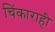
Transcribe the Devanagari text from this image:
चिंकाराही